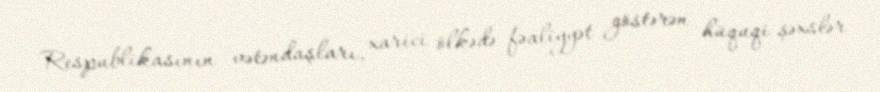
Respublikasının vətəndaşları, xarici ölkədə fəaliyyət göstərən hüquqi şəxslər